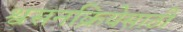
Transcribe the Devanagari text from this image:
श्वसनक्रियेसाठी